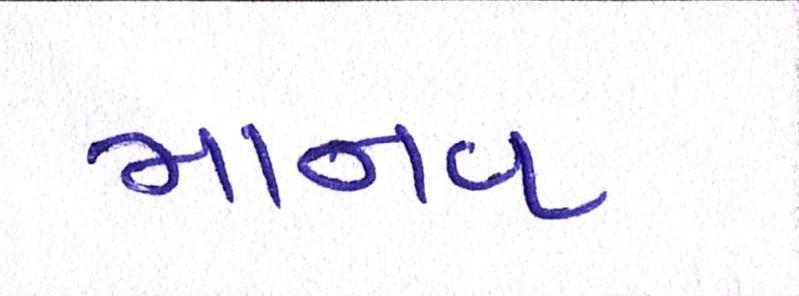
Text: માનવ